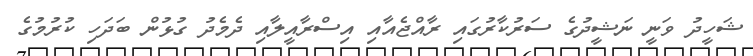
ޝަހީދު ވަނީ ނަޝީދުގެ ސަރުކާރުުގައި ރާއްޖެއާއި އިސްރާއީލާއި ދެމެދު ގުޅުން ބަދަހި ކުރުމުގެ